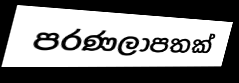
පරණලාපතක්